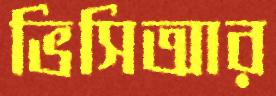
ভিসিআর